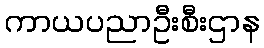
ကာယပညာဦးစီးဌာန